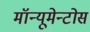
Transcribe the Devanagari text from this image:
मॉन्यूमेन्टोस